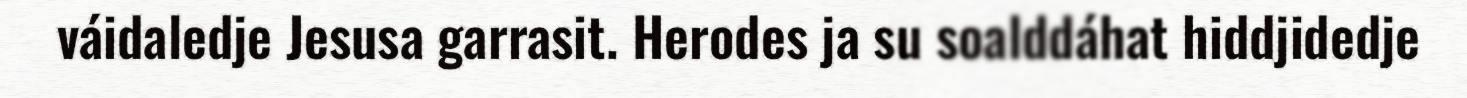
váidaledje Jesusa garrasit. Herodes ja su soalddáhat hiddjidedje